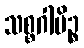
သစ္စဂါမိဉ္စ